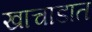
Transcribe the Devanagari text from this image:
खाचाडात